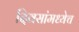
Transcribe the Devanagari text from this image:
दिवसांमध्येच